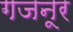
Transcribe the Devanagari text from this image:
गजनूर